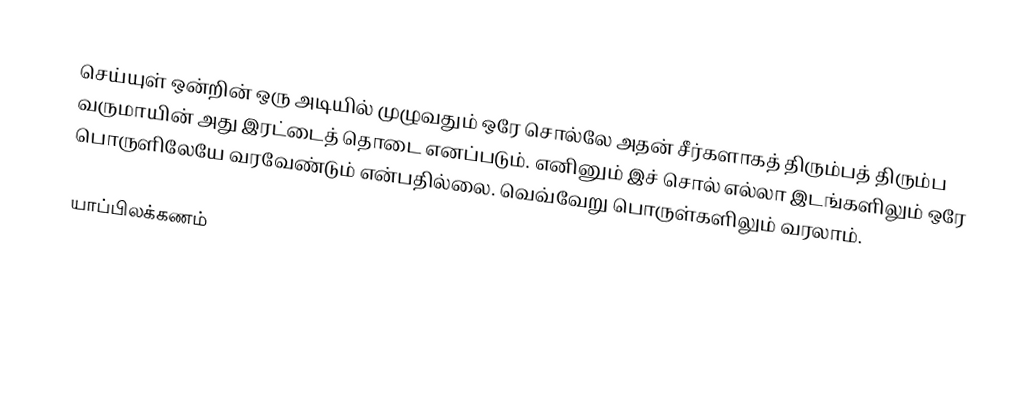
செய்யுள் ஒன்றின் ஒரு அடியில் முழுவதும் ஒரே சொல்லே அதன் சீர்களாகத் திரும்பத் திரும்ப வருமாயின் அது இரட்டைத் தொடை எனப்படும். எனினும் இச் சொல் எல்லா இடங்களிலும் ஒரே பொருளிலேயே வரவேண்டும் என்பதில்லை. வெவ்வேறு பொருள்களிலும் வரலாம்.

யாப்பிலக்கணம்